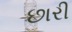
છારી